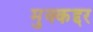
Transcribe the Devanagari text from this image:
मुक्कद्दर